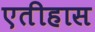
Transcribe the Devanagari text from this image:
एतीहास